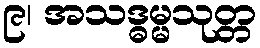
၉၊ အသဒ္ဓမ္မသုတ္တ